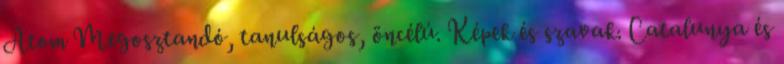
Atom Megosztandó, tanulságos, öncélú. Képek és szavak. Catalunya és